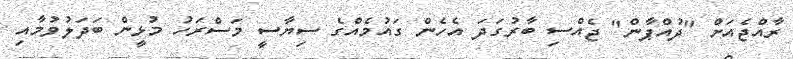
ރާއްޖެއަށް "ދުއްޕާން" ޖެއްސި ބާރުގަދަ އެހެން ގައުމެއްގެ ސިޔާސީ މަސްރަހު މުޅީން ބަދަލުވުމާއި